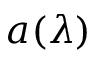
a ( \lambda )